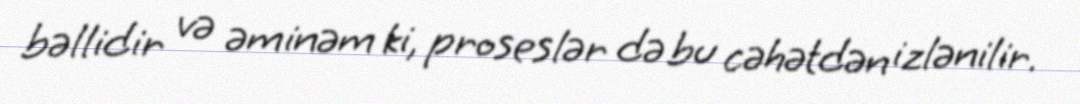
bəllidir və əminəm ki, proseslər də bu cəhətdən izlənilir.